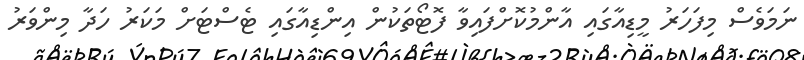
ނަމަވެސް މިފަހަރު މީޑިއާގައި އާންމުކޮށްފައިވާ ފޮޓޯތަކުން އިންޑިއާގައި ޓެސްޓަށް މަކަރު ހަދާ މިންވަރު